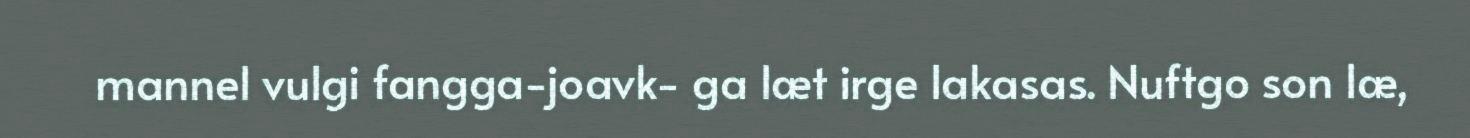
mannel vulgi fangga-joavk- ga læt irge lakasas. Nuftgo son læ,